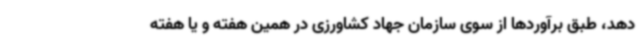
دهد، طبق برآوردها از سوی سازمان جهاد کشاورزی در همین هفته و یا هفته